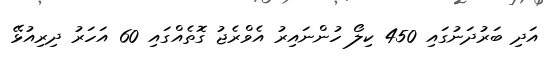
އަދި ބަރުދަނުގައި 450 ކިލޯ ހުންނައިރު އެވްރެޖު ގޮތެއްގައި 60 އަހަރު ދިރިއުޅޭ